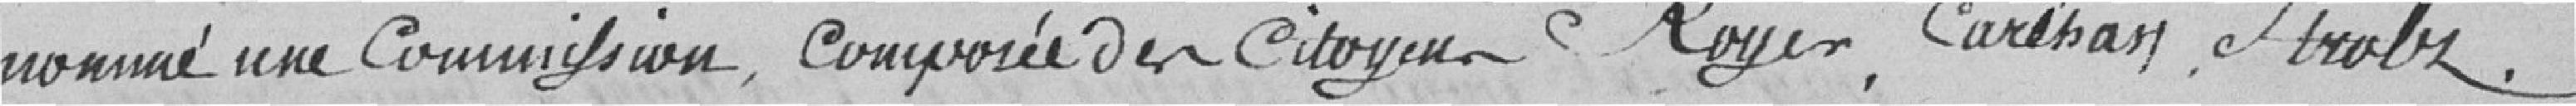
nommé une Commission, composée des citoyens Royer, Cariban, Strolz